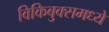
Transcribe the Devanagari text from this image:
विकिबुक्समध्ये